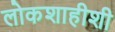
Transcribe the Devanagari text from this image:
लोकशाहीशी